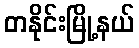
တနိုင်းမြို့နယ်